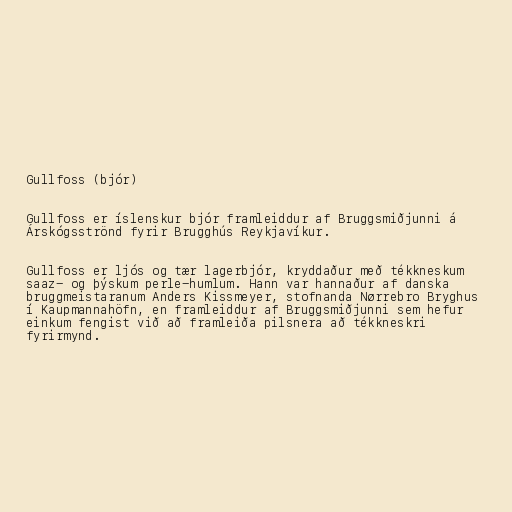
Gullfoss (bjór)

Gullfoss er íslenskur bjór framleiddur af Bruggsmiðjunni á
Árskógsströnd fyrir Brugghús Reykjavíkur.

Gullfoss er ljós og tær lagerbjór, kryddaður með tékkneskum
saaz- og þýskum perle-humlum. Hann var hannaður af danska
bruggmeistaranum Anders Kissmeyer, stofnanda Nørrebro Bryghus
í Kaupmannahöfn, en framleiddur af Bruggsmiðjunni sem hefur
einkum fengist við að framleiða pilsnera að tékkneskri
fyrirmynd.